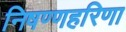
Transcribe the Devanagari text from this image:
निषण्णहरिणा